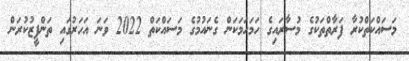
މަސައްކަތްކުރާ ފަރާތްތަކުގެ މުސާރައިގެ ހަމަހަމަކަން ގެނައުމުގެ މަސައްކަތް 2022 ވަނަ އަހަރުގައި ތަންފީޒުކުރަން